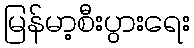
မြန်မာ့စီးပွားရေး